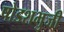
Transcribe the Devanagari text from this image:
षोडशभुजी